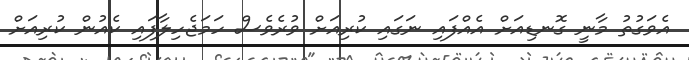
އެވަގުތު މާނީ ގޮނޑިއަށް އެއްފައި ނަގައި ކުރިއަށް ވުރެވެސް ހަމަޖެހިލާފައި ކެއުން ކުރިއަށް